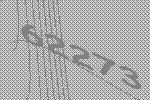
62273